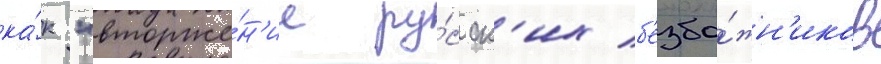
ка́к "вторже́н'ие ру́сск'их б'езбо́жн'иков